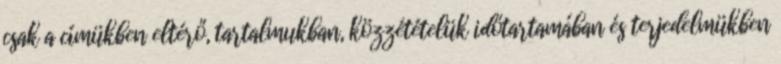
csak a címükben eltérő, tartalmukban, közzétételük időtartamában és terjedelmükben